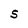
Character: S